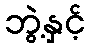
ဘွဲ့နှင့်